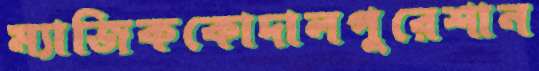
ম্যাজিককোদালপুরেশান